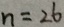
n = 2 6